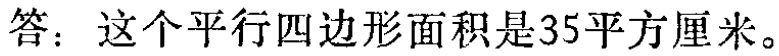
答：这个平行四边形面积是35平方厘米。